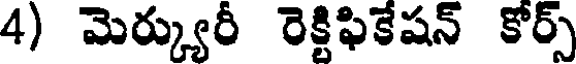
4) మెర్క్యురీ రెక్టిఫికేషన్ కోర్స్